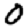
Digit: 0